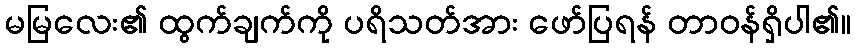
မမြလေး၏ ထွက်ချက်ကို ပရိသတ်အား ဖော်ပြရန် တာဝန်ရှိပါ၏။